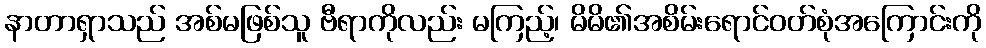
နာတာရှာသည် အစ်မဖြစ်သူ ဗီရာကိုလည်း မကြည့်၊ မိမိ၏အစိမ်းရောင်ဝတ်စုံအကြောင်းကို